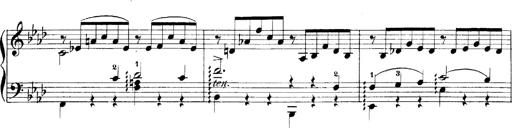
Title: LiebestrÃ¤ume
Composer: Franz Behr
Key: E-flat major